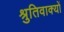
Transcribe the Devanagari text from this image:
श्रुतिवाक्यों